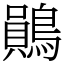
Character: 鶰